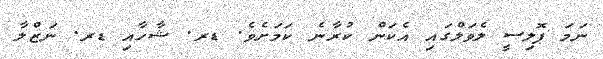
ނަމަ ޕޮލިސީ ލެވަލްގައި އެކަން ކުރާނެ ކަމަށެވެ. ޑރ. ޝާހާއި ޑރ. ނަޒްލާ